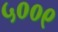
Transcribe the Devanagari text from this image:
५००९